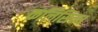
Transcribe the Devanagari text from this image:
कलिसिन्ध